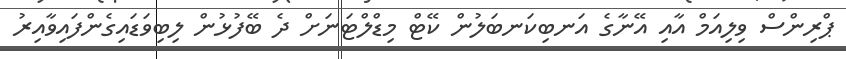
ޕްރިންސް ވިލިއަމް އާއި އޭނާގެ އަނބިކަނބަލުން ކޭޓް މިޑްލްޓަނަށް ދެ ބޭފުޅުން ލިބިވަޑައިގެންފައިވާއިރު